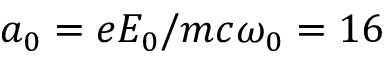
a _ { 0 } = e E _ { 0 } / m c \omega _ { 0 } = 1 6